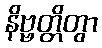
နိဗ္ဗတ္တိတွာ